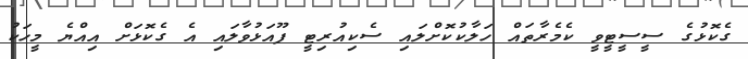
ގެކޮޅުގެ ސީސީޓީވީ ކެމެރާތައް ހަލާކުކޮށްލައި ސެކިއުރިޓީ ފޫއަޅުވާލައި އެ ގެކޮޅަށް އިއްޔެ މީހަކު